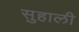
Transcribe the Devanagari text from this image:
सुहाली